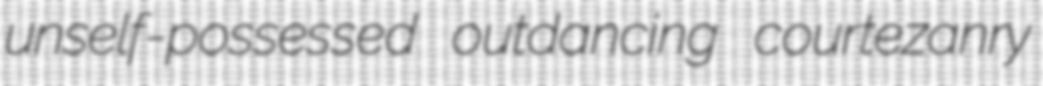
unself-possessed outdancing courtezanry